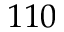
1 1 0